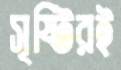
সৃষ্টিরই